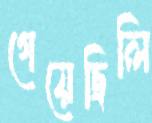
গেয়েছিলি